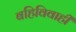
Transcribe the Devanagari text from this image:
बहिविवाही